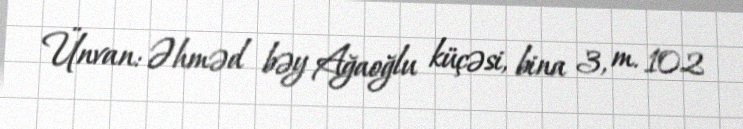
Ünvan: Əhməd bəy Ağaoğlu küçəsi, bina 3, m. 102